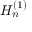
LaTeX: H _ { n } ^ { ( 1 ) }